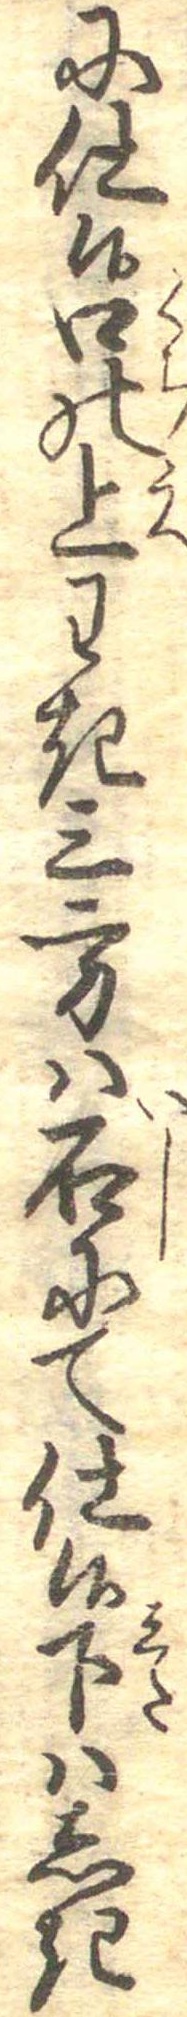
に仕候口の上わき三方は石にて仕候下はしき